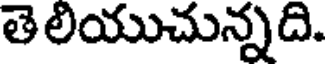
తెలియుచున్నది.